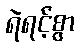
ရဲရင့်စွာ